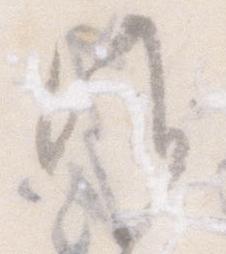
候